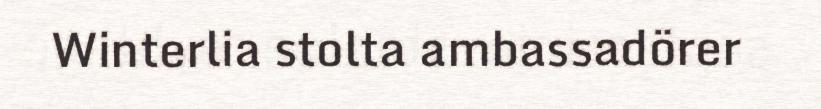
Winterlia stolta ambassadörer